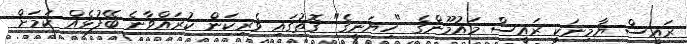
ރައީސް ޔާމިނަކީ ރައީސް މައުމޫންގެ "ހިޔަނީގެ" ގޮތުގައި ވެރިކަން ކުރައްވާނެ ބޭފުޅެއް ކަމަށް